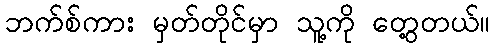
ဘက်စ်ကား မှတ်တိုင်မှာ သူ့ကို တွေ့တယ်။